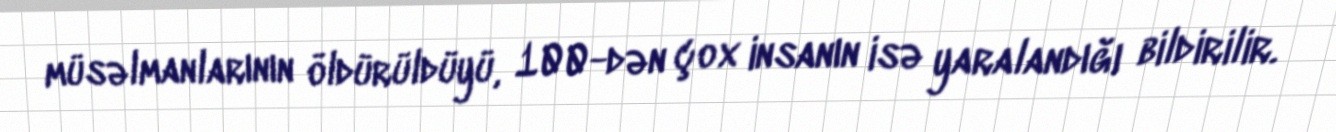
müsəlmanlarının öldürüldüyü, 100-dən çox insanın isə yaralandığı bildirilir.